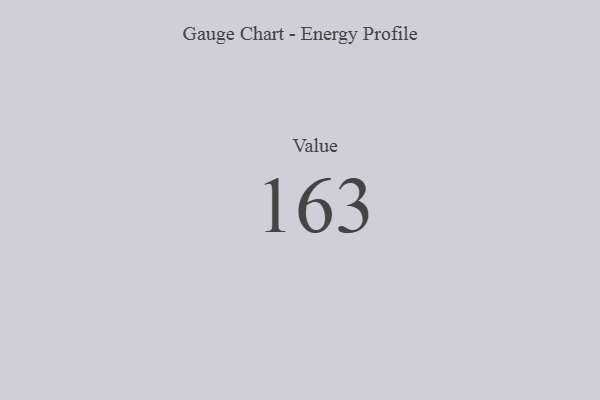
{"axis": {"x": "Metric", "y": "Value"}, "legend": [""], "data": [{"x": "Value", "y": 163, "type": ""}]}